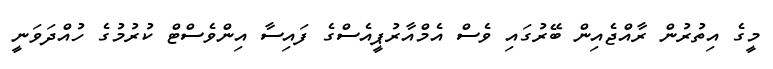
މީގެ އިތުރުން ރާއްޖެއިން ބޭރުގައި ވެސް އެމްއާރުޕީއެސްގެ ފައިސާ އިންވެސްޓް ކުރުމުގެ ހުއްދަވަނީ